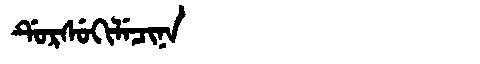
Manchu: ᡩᡠᡵᠰᡠᡴᡳᠯᡝᠴᡳᠨᠠ
Romanization: DURSUKILECINA